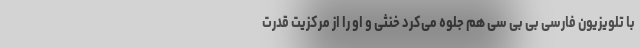
با تلویزیون فارسی بی بی سی هم جلوه می‌کرد خنثی و او را از مرکزیت قدرت